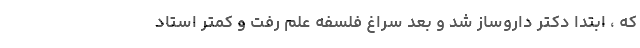
که ، ابتدا دکتر داروساز شد و بعد سراغ فلسفه علم رفت و کمتر استاد